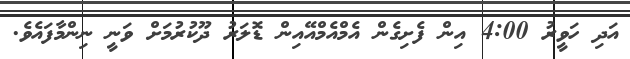
އަދި ހަވީރު 4:00 އިން ފެށިގެން އެމްއެމްއޭއިން ޑޮލަރު ދޫކުރުމަށް ވަނީ ނިންމާފައެވެ.